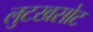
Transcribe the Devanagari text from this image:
लुटखसोट